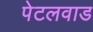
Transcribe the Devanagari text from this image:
पेटलवाड